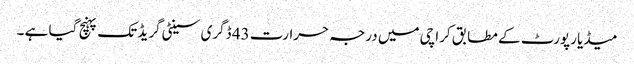
میڈیا رپورٹ کے مطابق کراچی میں درجہ حرارت 43 ڈگری سینٹی گریڈ تک پہنچ گیا ہے ۔